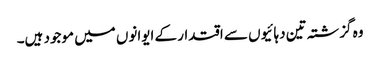
وہ گزشتہ تین دہائیوں سے اقتدار کے ایوانوں میں موجود ہیں۔